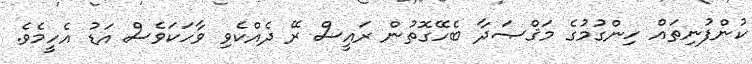
ކުންފުނިތައް ހިންގުމުގެ މަޤްޞަދާ ބެހޭގޮތުން ރައީސް ރޭ ދެއްކެވި ވާހަކަވެސް އަޑު އެހީމެވެ.